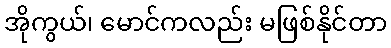
အိုကွယ်၊ မောင်ကလည်း မဖြစ်နိုင်တာ